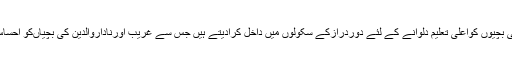
جبکہ صاحب حیثیت افراداپنی بچیوں کواعلیٰ تعلیم دلوانے کے لئے دوردرازکے سکولوں میں داخل کرادیتے ہیں جس سے غریب اورناداروالدین کی بچیاںکو احساس کمتری کااحساس ہوتاہے ۔